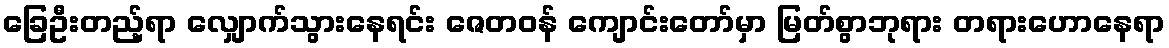
ခြေဦးတည့်ရာ လျှောက်သွားနေရင်း ဇေတဝန် ကျောင်းတော်မှာ မြတ်စွာဘုရား တရားဟောနေရာ